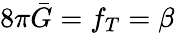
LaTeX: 8\pi\bar{G}=f_{T}=\beta